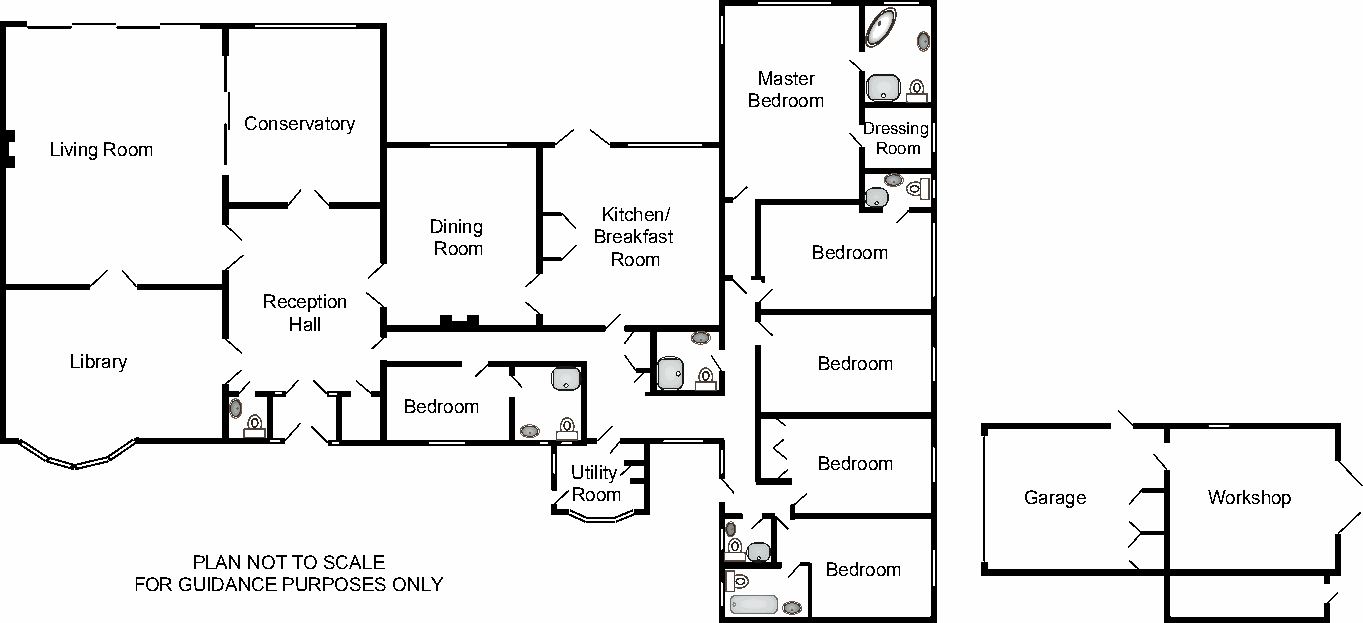
Master
 Bedroom
 Conservatory                             Dressing
 Living Room                                            Room
 Kitchen/
 Dining
 Breakfast
 Room                     Bedroom
 Room
 Reception
 Hall
 Library                                          Bedroom
 Bedroom
 Bedroom
 Utility
 Room                          Garage      Workshop
 PLAN NOT TO SCALE
 Bedroom
 FOR GUIDANCE PURPOSES ONLY